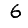
Digit: 6